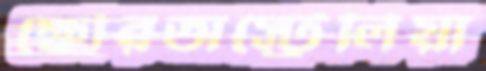
ক্ষৌরঅস্ট্রেলিয়া